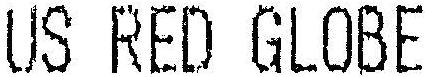
US RED GLOBE